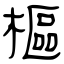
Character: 樞